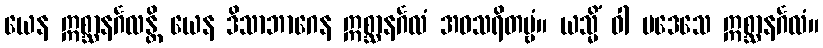
ယေန ဣစ္ဆာနင်္ဂလန္တိ ယေန ဒိသာဘာဂေန ဣစ္ဆာနင်္ဂလံ အဝသရိတဗ္ဗံ။ ယသ္မိံ ဝါ ပဒေသေ ဣစ္ဆာနင်္ဂလံ။